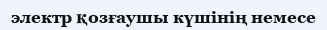
электр қозғаушы күшінің немесе